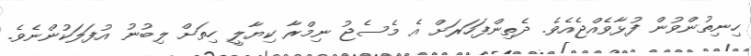
ހިނިތުންވުން ފުޅާވެއްޖެއެވެ. ދެތިންފަހަރަށް އެ މެސެޖު ނިމްރާ ކިޔާލީ ހިތަށް ލިބުނު އުފަލަކުންނެވެ.